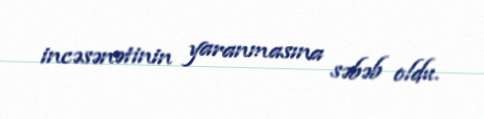
incəsənətinin yaranmasına səbəb oldu.